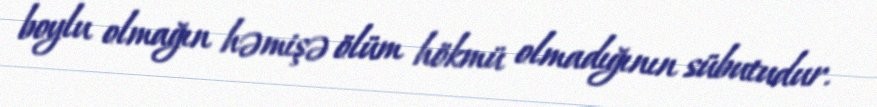
boylu olmağın həmişə ölüm hökmü olmadığının sübutudur.